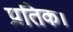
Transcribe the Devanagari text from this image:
प्रतिक।